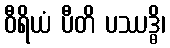
ဝီရိယံ ပီတိ ပဿဒ္ဓိ၊